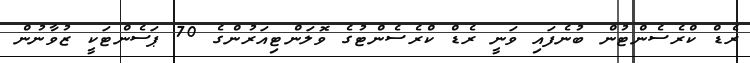
ރެޑް ކްރެސެންޓުން ބުނެފައި ވަނީ ރެޑް ކްރެސެންޓުގެ ވޮލަންޓިއަރުންގެ 70 ޕަސެންޓަކީ ޒުވާނުން